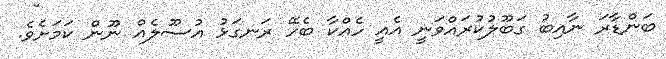
ބަންޑާރަ ނާއިބު ގަބޫލުކުރައްވަނީ އެއީ ހެއްކާ ބެހޭ ރަނގަޅު އުސޫލެއް ނޫން ކަމަށެވެ.